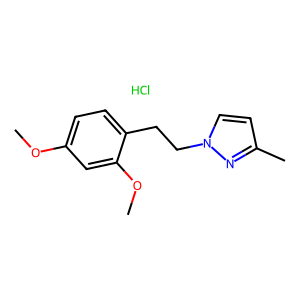
SMILES: COc1ccc(CCn2ccc(C)n2)c(OC)c1.Cl
Inhibits HIV replication: No